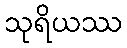
သုရိယဿ